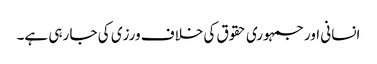
انسانی اور جمہوری حقوق کی خلاف ورزی کی جا رہی ہے۔